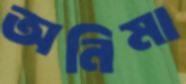
অনিমা